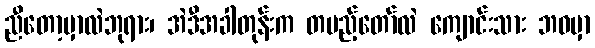
ညီတော့မှာလဲဘုရား၊ အဲဒီအခါတုန်းက တပည့်တော်လဲ ကျောင်းသား ဘဝမှာ